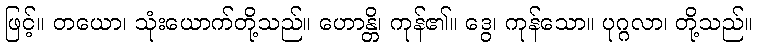
ဖြင့်။ တယော၊ သုံးယောက်တို့သည်။ ဟောန္တိ၊ ကုန်၏။ ဒွေ၊ ကုန်သော။ ပုဂ္ဂလာ၊ တို့သည်။